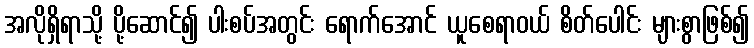
အလိုရှိရာသို့ ပို့ဆောင်၍ ပါးစပ်အတွင်း ရောက်အောင် ယူစေရာဝယ် စိတ်ပေါင်း များစွာဖြစ်၍